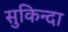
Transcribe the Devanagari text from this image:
सुकिन्दा